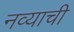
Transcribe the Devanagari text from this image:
नव्याची